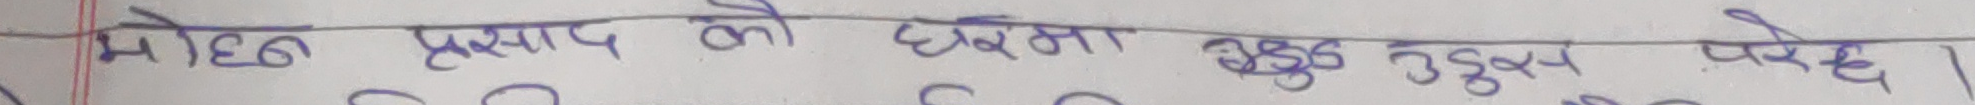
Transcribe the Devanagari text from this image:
मोहन प्रसाद को छोमा अड्क उठेको परेछ।